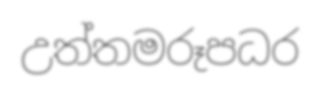
උත්තමරූපධර